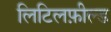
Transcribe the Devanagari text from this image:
लिटिलफ़ील्ड